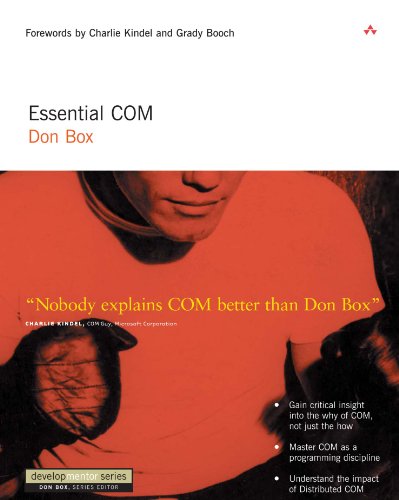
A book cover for Essential COM; Don Box; Computers & Technology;